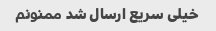
خیلی سریع ارسال شد ممنونم